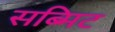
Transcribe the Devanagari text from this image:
सब्मिट